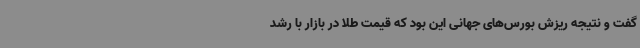
گفت و نتیجه ریزش بورس‌های جهانی این بود که قیمت طلا در بازار با رشد